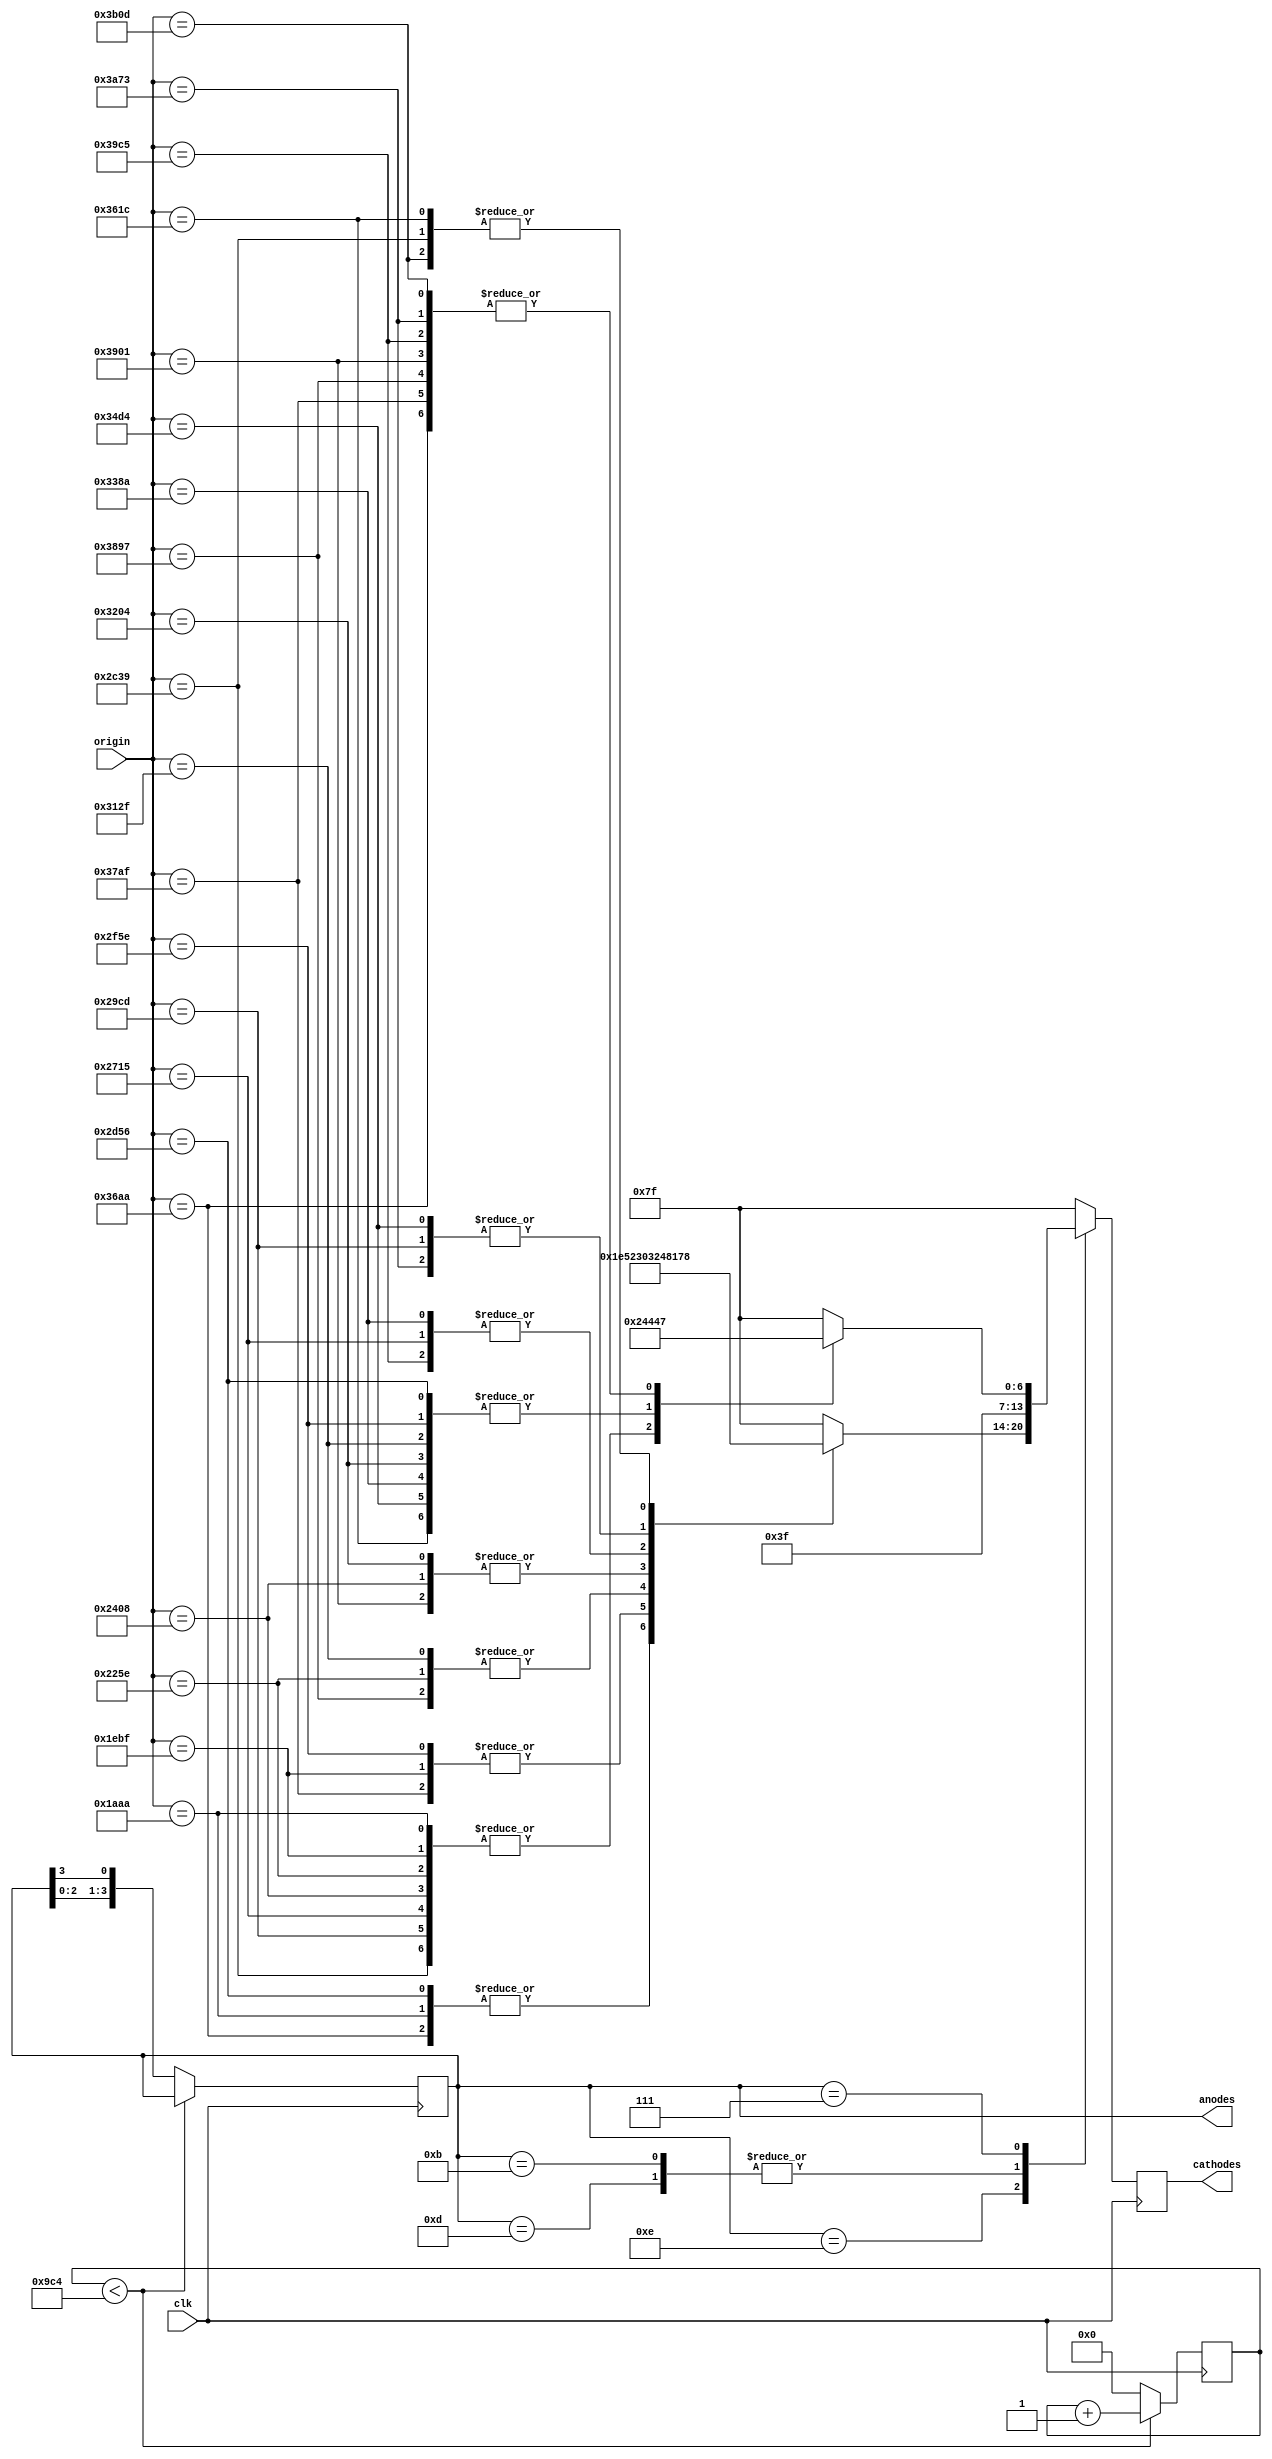
`timescale 1ns / 1ps
//////////////////////////////////////////////////////////////////////////////////
// Company: 
// Engineer: 
// 
// Design Name: 
// Module Name:    display 
// Project Name: 
// Target Devices: 
// Tool versions: 
// Description: 
//
// Dependencies: 
//
// Revision: 
// Revision 0.01 - File Created
// Additional Comments: 
//
//////////////////////////////////////////////////////////////////////////////////
module display(clk, origin, anodes, cathodes);

//input start, reset;
input clk;
input [13:0]origin;
output [3:0] anodes;
output [6:0] cathodes;

reg	[3:0]		anodes_r;
reg	[6:0] 	cathodes_r;
reg	[15:0]	count;

assign	anodes	=	anodes_r;
assign	cathodes	=	cathodes_r;

initial  anodes_r = 4'b1110;

// 
always @ (posedge clk) 
begin	
	/*if(!reset)
		begin
		anodes_r	<=	4'b1110;
		count	<=	0;
		end
	else */if(count < 2500) 
		count	<=	count + 1'b1;
	else 
		begin
		anodes_r	<=	{anodes_r[2:0], anodes_r[3]};
		count	<=	0;
		end
end

// 
always @ (posedge clk) 
begin
	/*if(!reset)
		cathodes_r	<= 7'b1111111;
	else*/ 
		case(anodes_r)
			4'b1110: begin
						case(origin)
							//0:	cathodes_r	<=	7'b1000000;//0
							6826, 11606, 13994:	cathodes_r	<=	7'b1111001;//1
							7871, 12126, 14255:	cathodes_r	<=	7'b0100100;//2
							8798, 12591, 14487:	cathodes_r	<=	7'b0110000;//3
							9224, 12804, 14593:	cathodes_r	<=	7'b0011001;//4
							10005, 13194, 14789:	cathodes_r	<=	7'b0010010;//5
							10701, 13524, 14963:	cathodes_r	<=	7'b0000010;//6
							11321, 13852, 15117:	cathodes_r	<=	7'b1111000;//7
							//8:	cathodes_r	<=	7'b0000000;//8
							//9:	cathodes_r	<=	7'b0010000;//9
							default: 	cathodes_r	<=	7'b1111111;
						endcase
						end
			
			4'b1101: cathodes_r	<=	7'b0111111;
			
			4'b1011:	cathodes_r	<=	7'b0111111;
						
			4'b0111:	begin
						case(origin)
							6826,7871,8798,9224,10005,10701,11321:   		cathodes_r	<=	7'b0001001;  //H
							11606,12126,12591,12804,13194,13524,13852:  	cathodes_r	<= 7'b0001000;  //M
							13994,14255,14487,14593,14789,14963,15117:   cathodes_r	<= 7'b1000111;  //L
							default: 	cathodes_r	<=	7'b1111111;
						endcase
						end
			default cathodes_r	<=	7'b1111111;
		endcase
end



endmodule